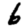
Digit: 6